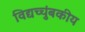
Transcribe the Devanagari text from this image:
विद्यच्चुंबकीय